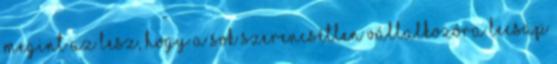
megint az lesz, hogy a sok szerencsétlen vállalkozóra lecsap